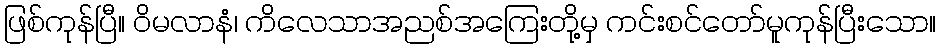
ဖြစ်ကုန်ပြီ။ ဝိမလာနံ၊ ကိလေသာအညစ်အကြေးတို့မှ ကင်းစင်တော်မူကုန်ပြီးသော။